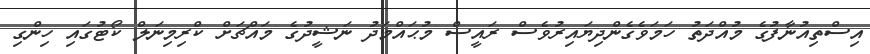
އިސްތިއުނާފުގެ މުއްދަތު ހަމަވެގެންދިޔައިރުވެސް ރައީސް މުޙައްމަދު ނަޝީދުގެ މައްޗަށް ކްރިމިނަލް ކޯޓުގައި ހިންގި